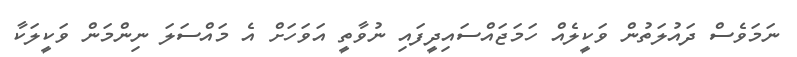
ނަމަވެސް ދައުލަތުން ވަކީލެއް ހަމަޖައްސައިދީފައި ނުވާތީ އަވަހަށް އެ މައްސަލަ ނިންމަން ވަކީލަކާ